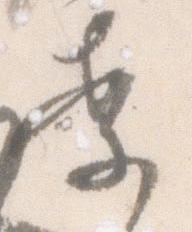
案